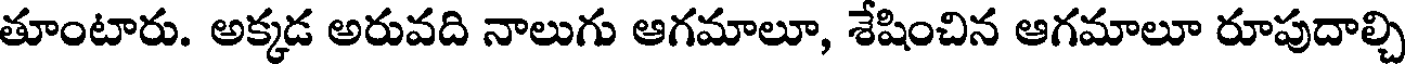
తూంటారు. అక్కడ అరువది నాలుగు ఆగమాలూ, శేషించిన ఆగమాలూ రూపుదాల్చి